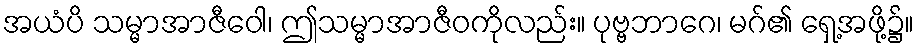
အယံပိ သမ္မာအာဇီဝေါ၊ ဤသမ္မာအာဇီဝကိုလည်း။ ပုဗ္ဗဘာဂေ၊ မဂ်၏ ရှေ့အဖို့၌။